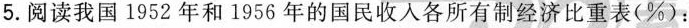
5.阅读我国1952年和1956年的国民收入各所有制经济比重表(%)：